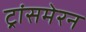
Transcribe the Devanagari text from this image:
ट्रांसमेरन